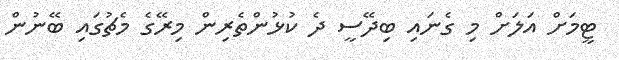
ޓީމަށް އަލަށް މި ގެނައި ބިދޭސީ ދެ ކުޅުންތެރިން މިރޭގެ މެޗުގައި ބޭނުން